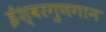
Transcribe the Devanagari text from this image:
ईश्वरगुणगान